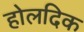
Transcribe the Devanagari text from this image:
होलदिक